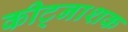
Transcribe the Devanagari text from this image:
कीट्नाशक